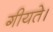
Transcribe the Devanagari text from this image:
गीयते।